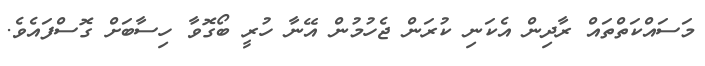
މަސައްކަތްތައް ރާދިން އެކަނި ކުރަން ޖެހުމުން އޭނާ ހުރީ ބޯގޮވާ ހިސާބަށް ގޮސްފައެވެ.